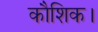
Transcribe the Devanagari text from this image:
कौशिक।